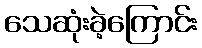
သေဆုံးခဲ့ကြောင်း